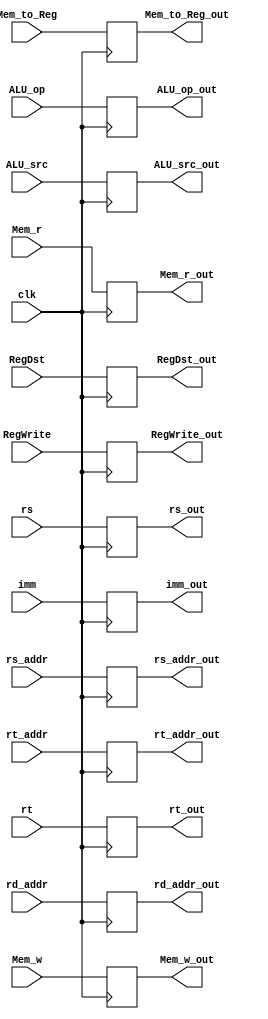
module ID_EX (
    output reg RegDst_out,
    output reg RegWrite_out,
    output reg [1:0] ALU_op_out,
    output reg ALU_src_out,
    output reg Mem_w_out,
    output reg Mem_r_out,
    output reg Mem_to_Reg_out,

    output reg [31:0] rs_out,
    output reg [31:0] rt_out,
    output reg [4:0] rs_addr_out,
    output reg [4:0] rt_addr_out,
    output reg [4:0] rd_addr_out,
    output reg [31:0] imm_out,

    input RegDst,
    input RegWrite,
    input [1:0] ALU_op,
    input ALU_src,
    input Mem_w,
    input Mem_r,
    input Mem_to_Reg,

    input [31:0] rs,
    input [31:0] rt,
    input [4:0] rs_addr,
    input [4:0] rt_addr,
    input [4:0] rd_addr,
    input [31:0] imm,

    input clk
);
    always @(negedge clk) begin
        rs_out <= rs;
        rt_out <= rt;
        rs_addr_out <= rs_addr;
        rt_addr_out <= rt_addr;
        rd_addr_out <= rd_addr;
        imm_out <= imm;

        RegDst_out <= RegDst;
        RegWrite_out <= RegWrite;
        ALU_op_out <= ALU_op;
        ALU_src_out <= ALU_src;
        Mem_w_out <= Mem_w;
        Mem_r_out <= Mem_r;
        Mem_to_Reg_out <= Mem_to_Reg;
    end

endmodule